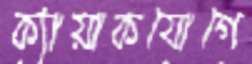
ক্যায়াকযোগে